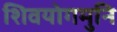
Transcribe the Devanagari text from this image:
शिवयोगमुनि